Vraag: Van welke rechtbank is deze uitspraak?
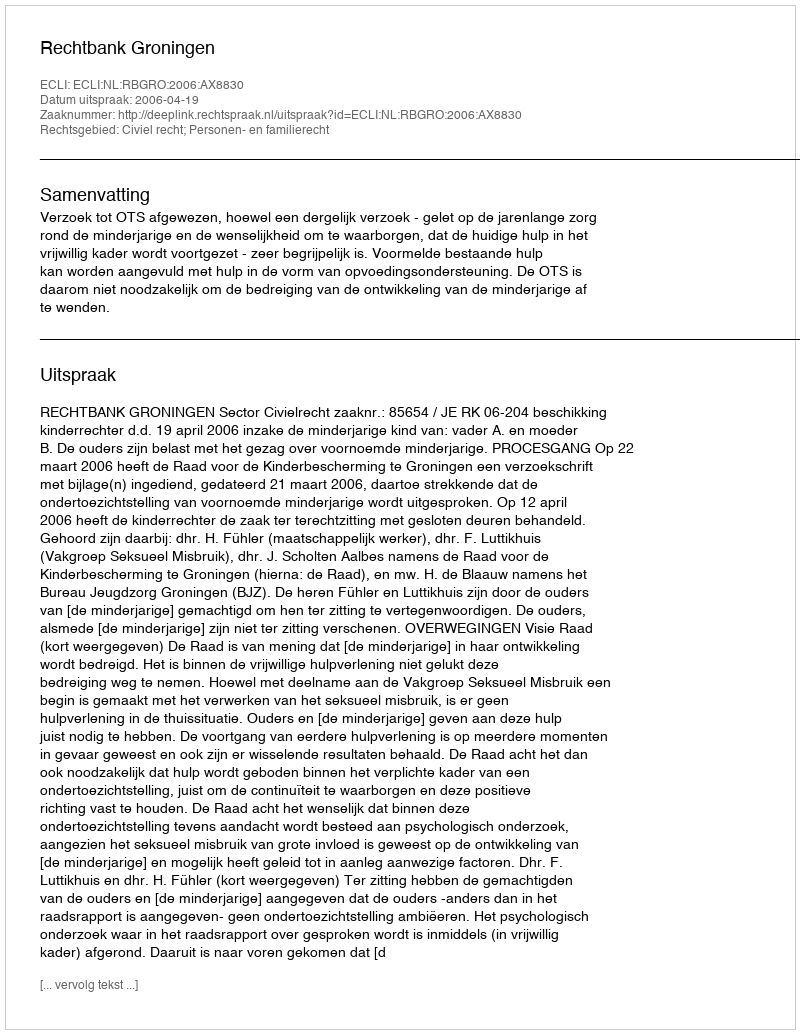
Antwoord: Rechtbank Groningen